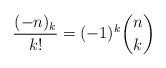
LaTeX: \begin{align*}\frac{(-n)_k}{k!} = (-1)^k \binom{n}{k}\end{align*}